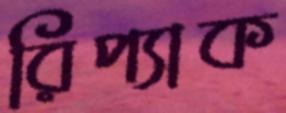
রিপ্যাক